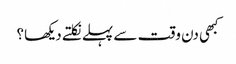
کبھی دن وقت سے پہلے نکلتے دیکھا؟